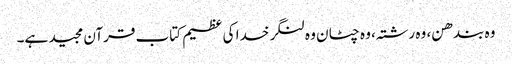
وہ بندھن، وہ رشتہ، وہ چٹان وہ لنگر خدا کی عظیم کتاب قرآن مجید ہے۔